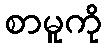
စာမူကို